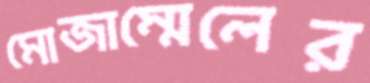
মোজাম্মেলের